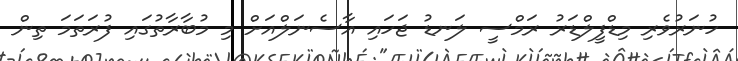
ހުނަރުވެރި މިޑްފީލްޑަރު ރަމްސީ ލަނޑު ޖަހައި އާސެނަލްއަށް މި މުބާރާތުގައި ފުރަތަމަ ތިން